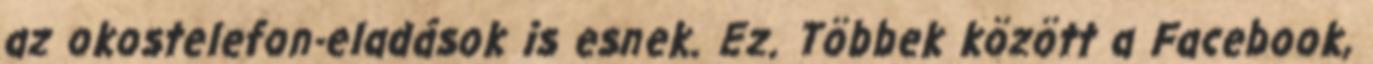
az okostelefon-eladások is esnek. Ez. Többek között a Facebook,